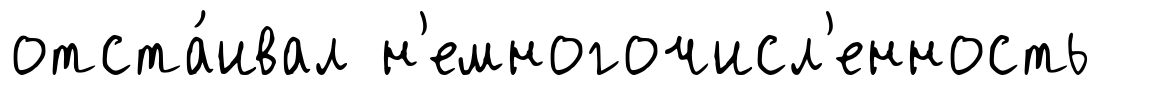
отста́ивал н'емногочисл'енность